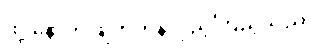
ထို့ နောက် ဖျတ်ကနဲလှည့်ကြည့်သည်။